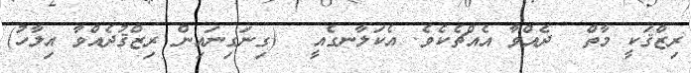
ރިޒްޤަކީ މާތް  ދެއްވާ އެއްޗެކެވެ. އެކަލާނގެއީ  (ގިނަގިނައިން ރިޒްޤުދެއްވާ އިލާހު)